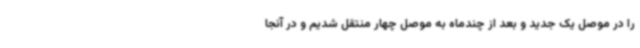
را در موصل ‌یک جدید و بعد از چندماه به موصل چهار منتقل شدیم و در آنجا